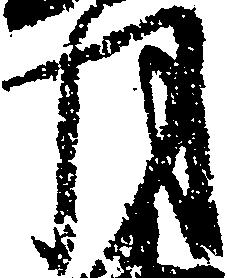
月